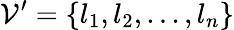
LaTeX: \mathcal{V}^{\prime}=\lbrace l_{1},l_{2},...,l_{n}\rbrace